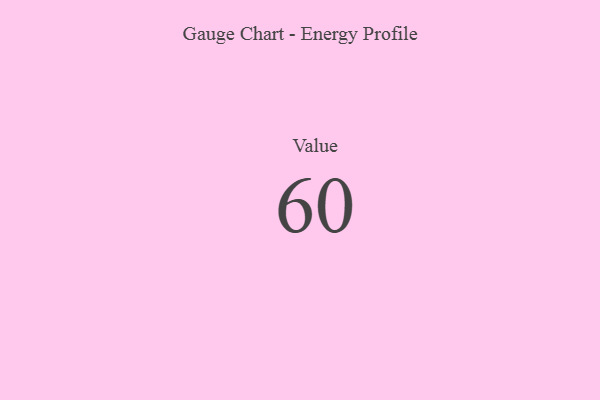
{"axis": {"x": "Metric", "y": "Value"}, "legend": [""], "data": [{"x": "Value", "y": 60, "type": ""}]}